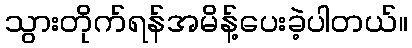
သွားတိုက်ရန်အမိန့်ပေးခဲ့ပါတယ်။